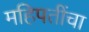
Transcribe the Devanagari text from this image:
महिपतींचा